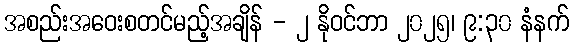
အစည်းအဝေးစတင်မည့်အချိန် - ၂ နိုဝင်ဘာ ၂၀၂၅၊ ၉:၃၀ နံနက်